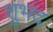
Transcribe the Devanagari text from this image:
शुभद